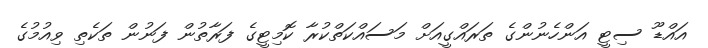
އައްޑޫ ސިޓީ އަންހެނުންގެ ތަރައްގީއަށް މަސައްކަތްކުރާ ކޮމިޓީގެ ފަރާތުން ފަނުން ތަކެތި ވިއުމުގެ